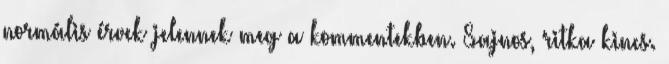
normális érvek jelennek meg a kommentekben. Sajnos, ritka kincs.